Manual of the Civil Veterinary Department, Central Provinces and Berar
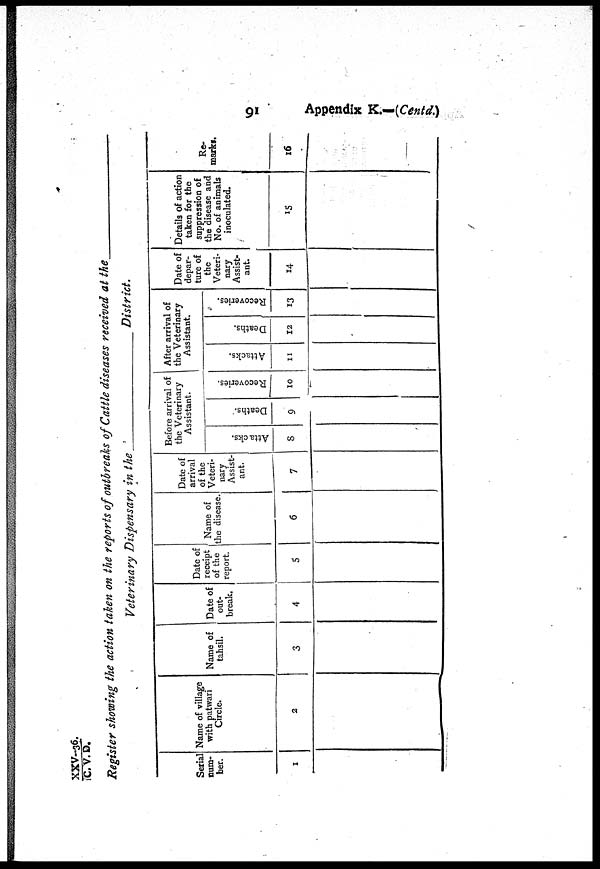
91
Appendix K.—(Contd.)
XXV-36./ C.V.D.
Register showing the action taken on the reports of outbreaks of Cattle diseases received at
t
h
e
_
Veterinary Dispensary in the
District.
Serial
num-
ber.
1
Name of village
with patwari
Circle.
2
Name of
tahsil.
3
Date of
out-
break.
4
Date of
receipt
of the
report.
5
Name of
the disease.
6
Date of
arrival
of the
Veteri-
nary
Assist-
ant.
7
Before arrival of
the Veterinary
Assistant.
Attacks.
8
Deaths.
9
Recoveries.
10
After arrival of
the Veterinary
Assistant.
Attacks.
11
Deaths.
12
Recoveries.
13
Date of
depar-
ture of
the
Veteri-
nary
Assist-
ant.
14
Details of action
taken for the
suppression of
the disease and
No. of animals
inoculated.
15
Re-
marks.
16